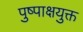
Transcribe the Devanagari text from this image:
पुष्पाक्षयुक्त